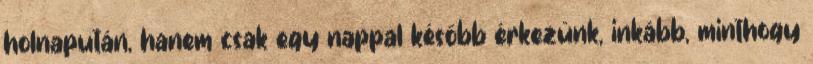
holnapután, hanem csak egy nappal később érkezünk, inkább, minthogy